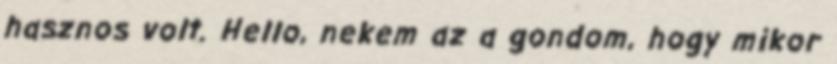
hasznos volt. Hello, nekem az a gondom, hogy mikor